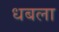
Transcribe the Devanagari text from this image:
धबला